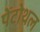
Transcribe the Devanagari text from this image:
पेंटोथल